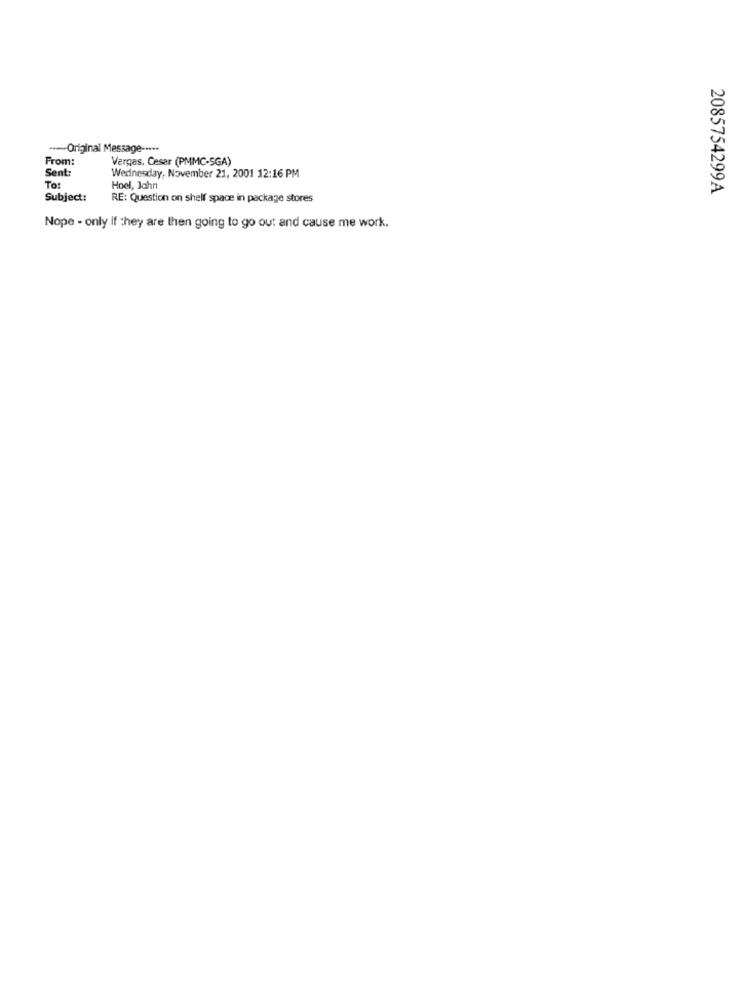
--- Original Message -····
From:
Vargas, Cesar (PMMC-SGA)
Sent:
Wednesday, November 21, 2001 12:16 PM
To:
Hoel, Jahn
2085754299A
Subject:
RE: Question on shelf space in package stores
Nope - only if they are then going to go out and cause me work.